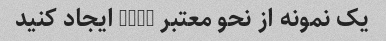
یک نمونه از نحو معتبر html ایجاد کنید